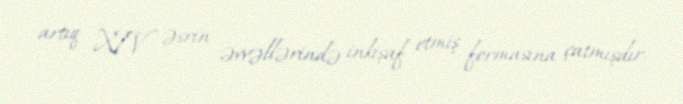
artıq XIV əsrin əvvəllərində inkişaf etmiş formasına çatmışdır.